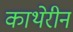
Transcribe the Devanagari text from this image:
काथेरीन